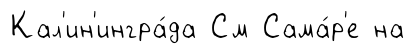
Кал'ин'ингра́да См Сама́р'е на